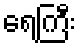
ရေကြီး